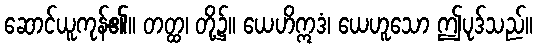
ဆောင်ယူကုန်၏။ တတ္ထ၊ တို့၌။ ယေဟိဣဒံ၊ ယေဟူသော ဤပုဒ်သည်။